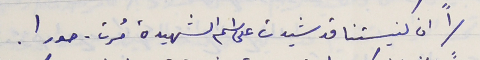
١" ان كنيستنا قد شيدت على اسم الشهيدة مُرت - مورا.